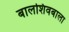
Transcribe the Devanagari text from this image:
बालशिवबाला